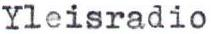
Yleisradio